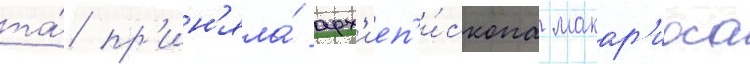
та́ пр'ин'яла́ арх'иеп'и́скопа макар'иоса